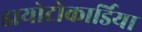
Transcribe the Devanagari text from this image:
डायोटोकार्डिया